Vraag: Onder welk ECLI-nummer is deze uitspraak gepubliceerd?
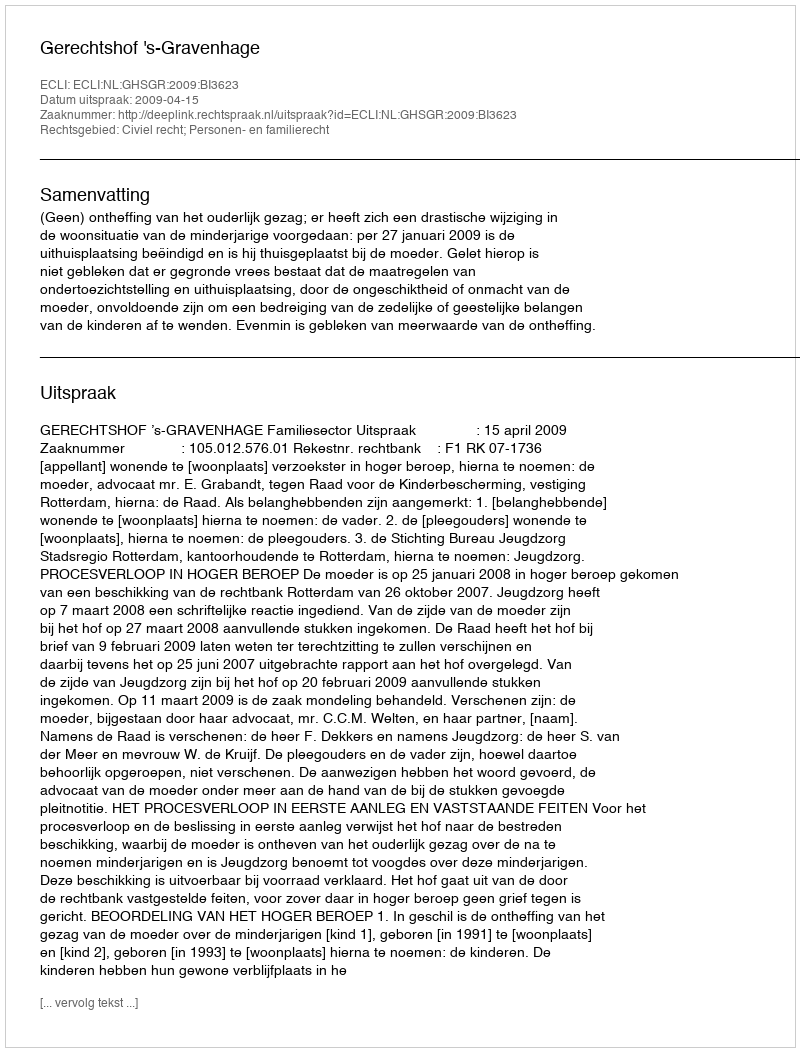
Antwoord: ECLI:NL:GHSGR:2009:BI3623